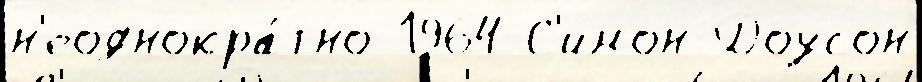
н'еоднокра́тно 1964 С'имон Доусон